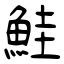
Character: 鮭